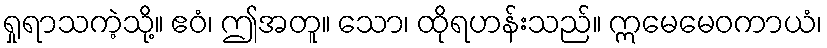
ရှုရာသကဲ့သို့။ ဧဝံ၊ ဤအတူ။ သော၊ ထိုရဟန်းသည်။ ဣမေမေဝကာယံ၊